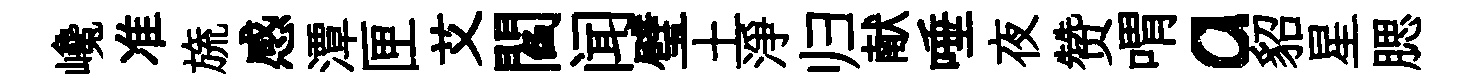
巉准旒感潭匣艾閻闻璧土淨归献唾夜赞喟a貂星腮